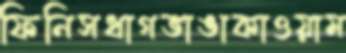
ফিনিসধাগভাঙাকাওয়াম